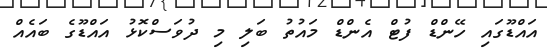
އައްޑޫގައި ހޭންޑް ފުޓް އެންޑް މައުތު ބަލި މި ދުވަސްކޮޅު އައްޑޫގެ ބައެއް